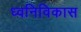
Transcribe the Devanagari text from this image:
ध्वनिविकास